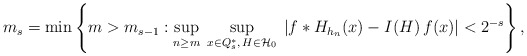
\begin{align*}m_{s}=\min \left\{ m>m_{s-1}:\sup_{n\geq m}\;\sup_{x\in Q_{s}^{*},\,H\in{\cal H}_{0}}\;|f*H_{h_{n}}(x)-I(H)\,f(x)|<2^{-s}\right\} , \end{align*}